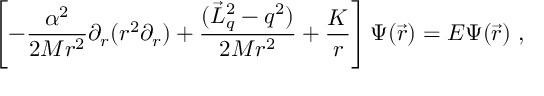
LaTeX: \left[ - \frac { \alpha ^ { 2 } } { 2 M r ^ { 2 } } \partial _ { r } ( r ^ { 2 } \partial _ { r } ) + \frac { ( \vec { L } _ { q } ^ { 2 } - q ^ { 2 } ) } { 2 M r ^ { 2 } } + \frac K r \right] \Psi ( \vec { r } ) = E \Psi ( \vec { r } ) \ ,